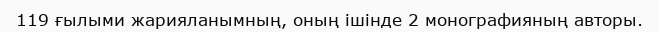
119 ғылыми жарияланымның, оның ішінде 2 монографияның авторы.